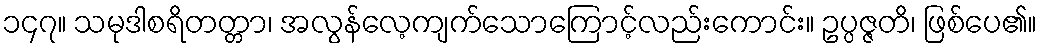
၁၄၇။ သမုဒါစရိတတ္တာ၊ အလွန်လေ့ကျက်သောကြောင့်လည်းကောင်း။ ဥပ္ပဇ္ဇတိ၊ ဖြစ်ပေ၏။